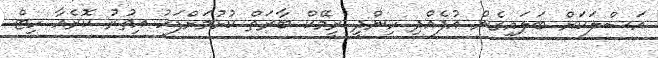
އަސްލަކަށް ބަލައިގެން އުފެއްދި ހިންދީ ރީމޭކް ބާރަތް ކުޅުމަށްފަހު އިތުރު ކޮރެއާ ހިޓް